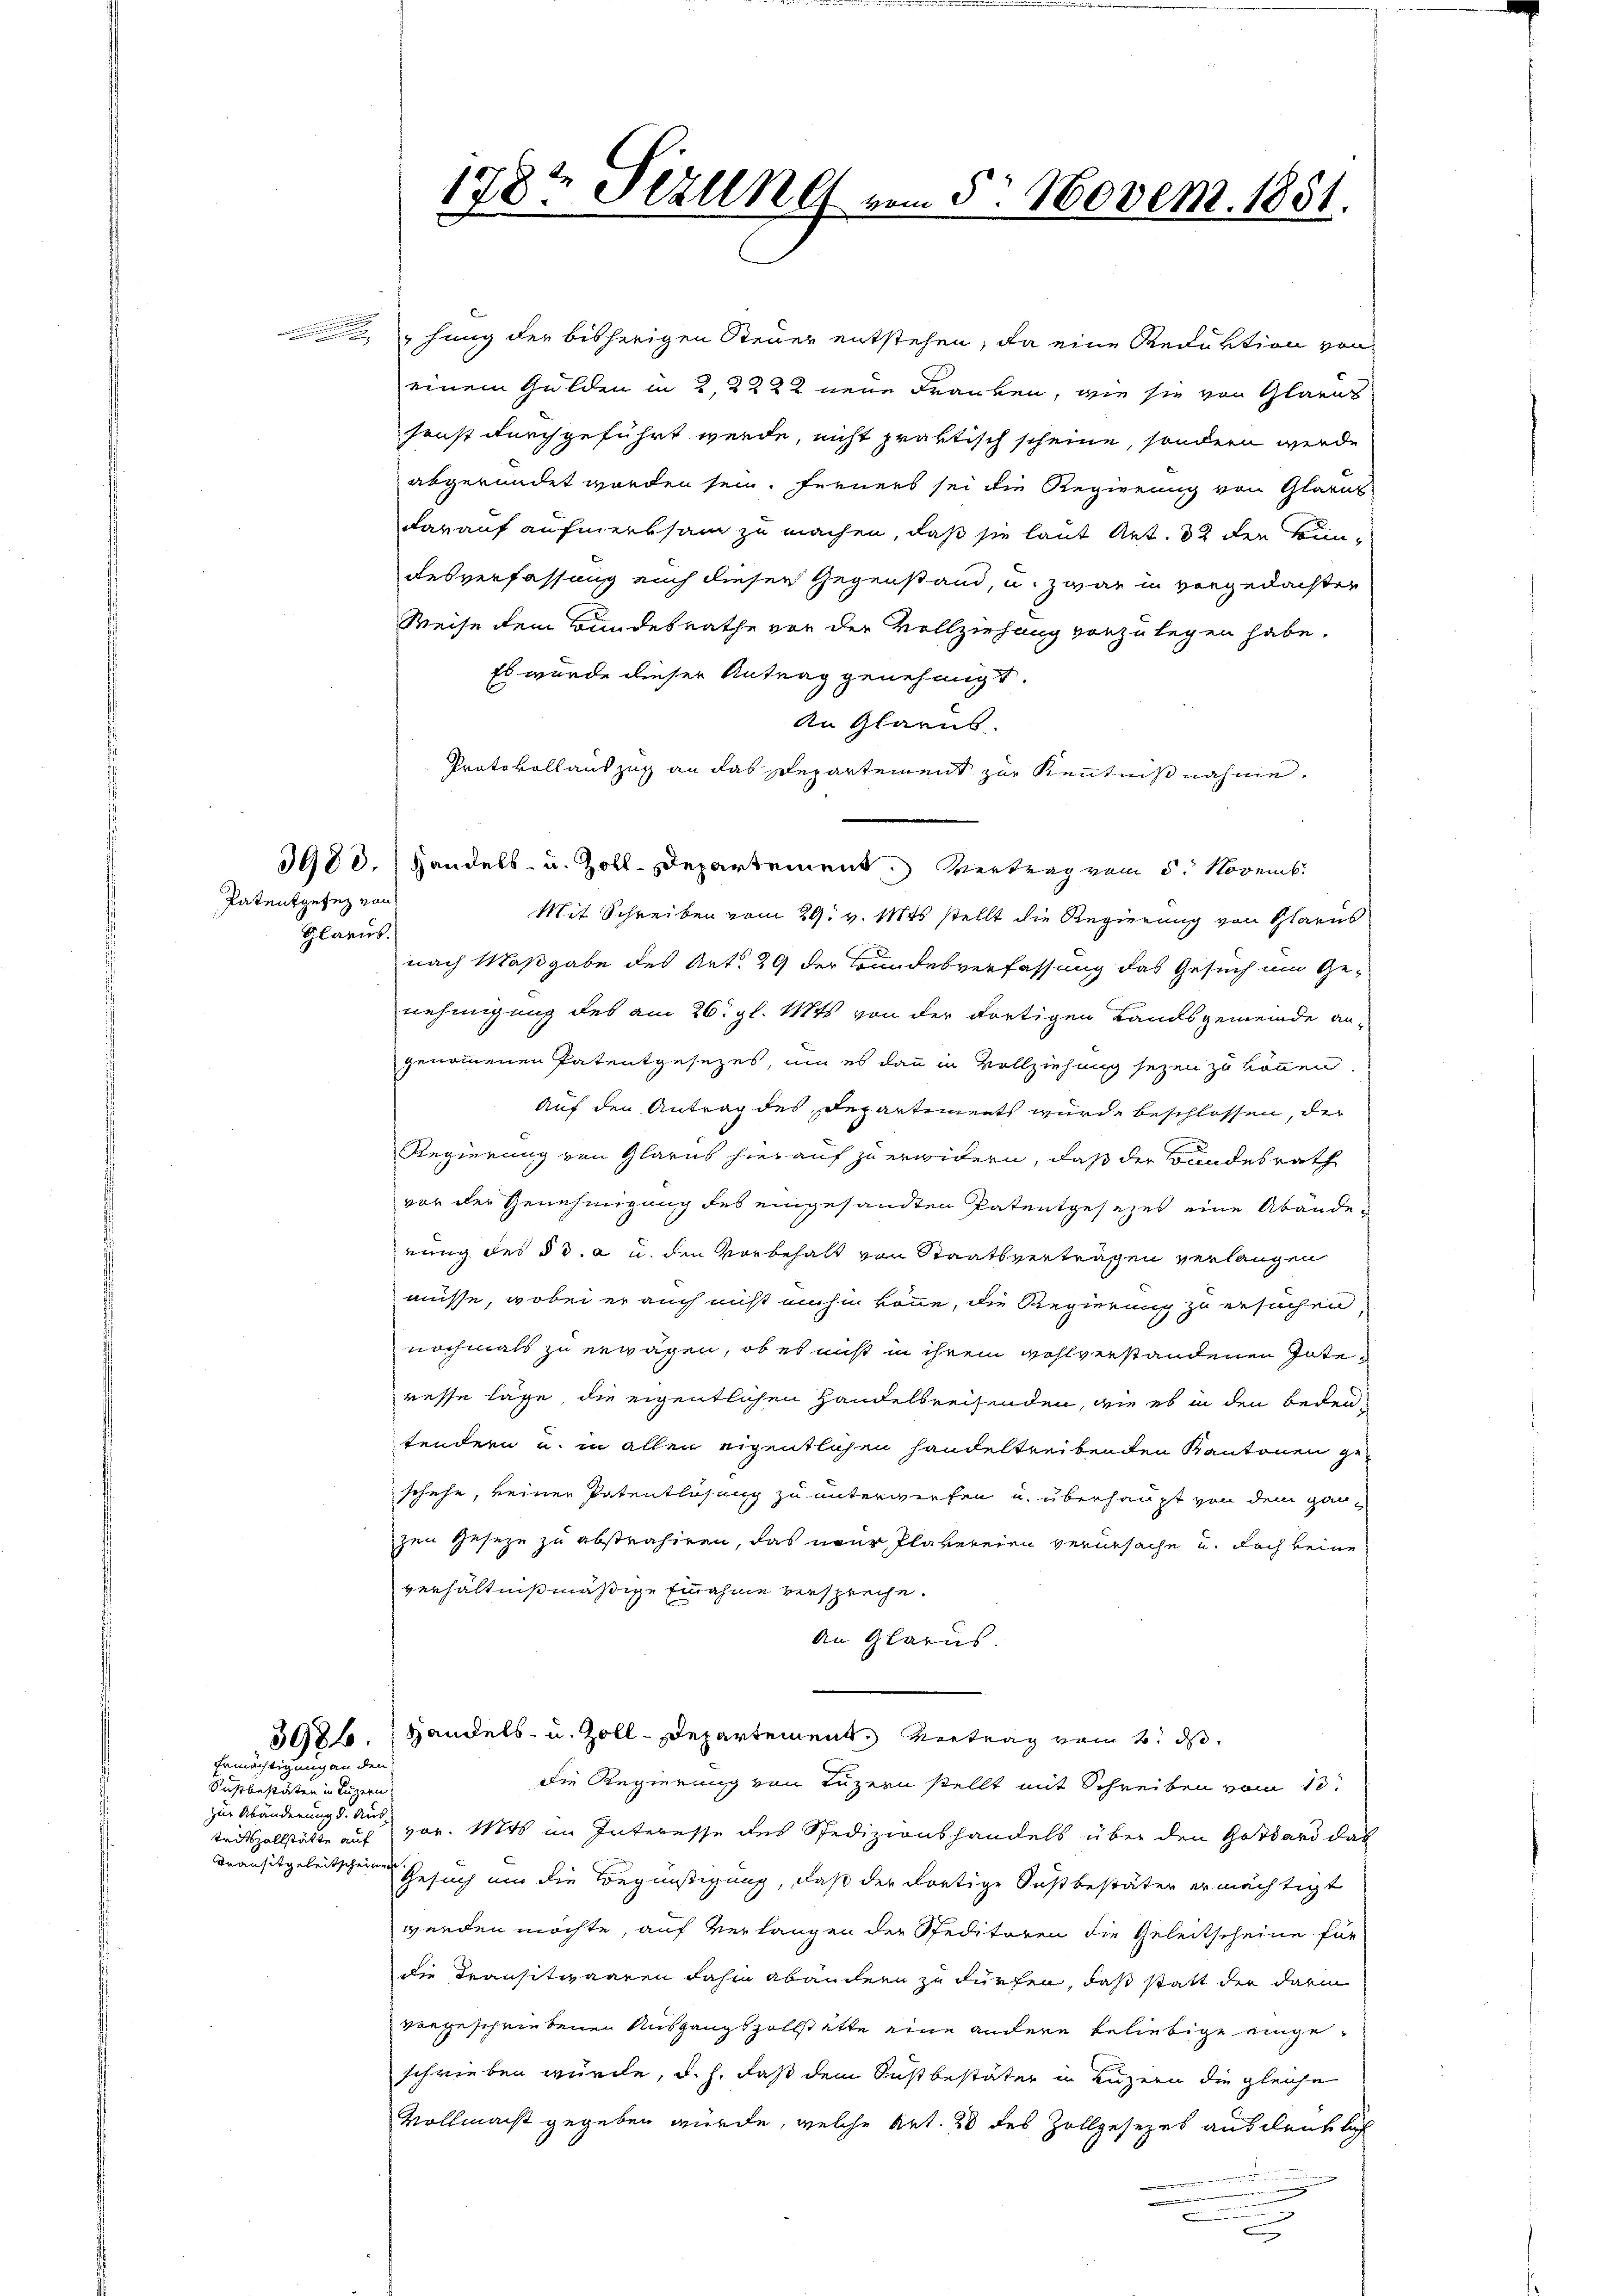
Patentgesez von
Glarus.

Ermächtigung an den
Basler seiten in eingen
zur Abänderung d. Aus-
Transitgeleitscheinen

hung der bisherigen Steuer entstehen, da eine Reduktion von
einem Gulden in 2, 3222 neue Franken, wie sie von Glarus
sonst durchgeführt werde, nicht praktisch scheine, sondern werde
abgeründet worden sein. Ferners sei die Regierung von Glarus
darauf aufmerksam zu machen, daß sie laut Art. 32 der Bundesverfassung auch dieser Gegenstand, u. zwar in vergedachter
Weise dem Bundesrathe von der Vollziehung vorzulegen habe.
Es wurde dieser Antrag genehmigt.
An Glarus.
Protokollauszug an das Departement zur Kenntnißnahme.
3980.) Handels- u. Zoll-Departement. Vertrag vom 5. Novemb
Mit Schreiben vom 29. v. Mts. stellt die Regierung von Glarus
nach Maßgabe des Art. 29 der Bundesverfassung das Gesuch um Genehmigung des am 26. gl. Mts. von der dortigen Landsgemeinde an-
genommenen Patentgesezes, um es dann in Vollziehung sezen zu können.
Auf den Antrag des Departement wurde beschlossen, der
Regierung von Glarus hier auf zu erwidern, daß der Bundesrath
vor der Genehmigung des eingesandten Patentgesezes eine Abändenung des § 3. a u. den Vorbehalt von Staatsvertragen verlangen
müsse, wobei er auch nicht mihi könne, die Regierung zu ersuchen,
nochmals zu erwägen, ob es nicht in ihrem wohlverstandenen Interesse läge, die eigentlichen Handelbreisenden, wie es in den bedeu-
tendern u. in allen eigentlichen handeltreibenden Kantonen ge-
schehe, keiner Patentlichung zu unterwerfen u. überhaupt von dem ganzen Geseze zu abstrahiren, das nur Plakereien verursache u. doch keine
verhältnißmäßige Einnahme verspreche.
An Glarus.
3986. Handels- u. Zoll-Departement. Vertrag vom 2. ds.
die Regierung von Luzern stellt mit Schreiben vom 13.
tadtszollstätte auf vor. Mts im Interesse des Spedizionshandels über den Gottard das
Gesuch um die Begünstigung, daß der dortige Sustbestäter ermächtigt
werden möchte, auf Verlangen der Speditoren die Geleitscheine für
die Transitwaaren dahm abändern zu dürfen, daß statt der darin
vorgeschriebenen Ausgangszollstätte eine andere beliebige eingeschrieben würde, d. h. daß dem Sustbestäter in Luzern die gleiche
Vollmacht gegeben würde, welche Art. 28 des Zollgesezes ausdenklich
e

178t Sezung vom 5. Novem. 1851.